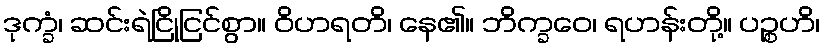
ဒုက္ခံ၊ ဆင်းရဲငြိုငြင်စွာ။ ဝိဟရတိ၊ နေ၏။ ဘိက္ခဝေ၊ ရဟန်းတို့။ ပဉ္စဟိ၊